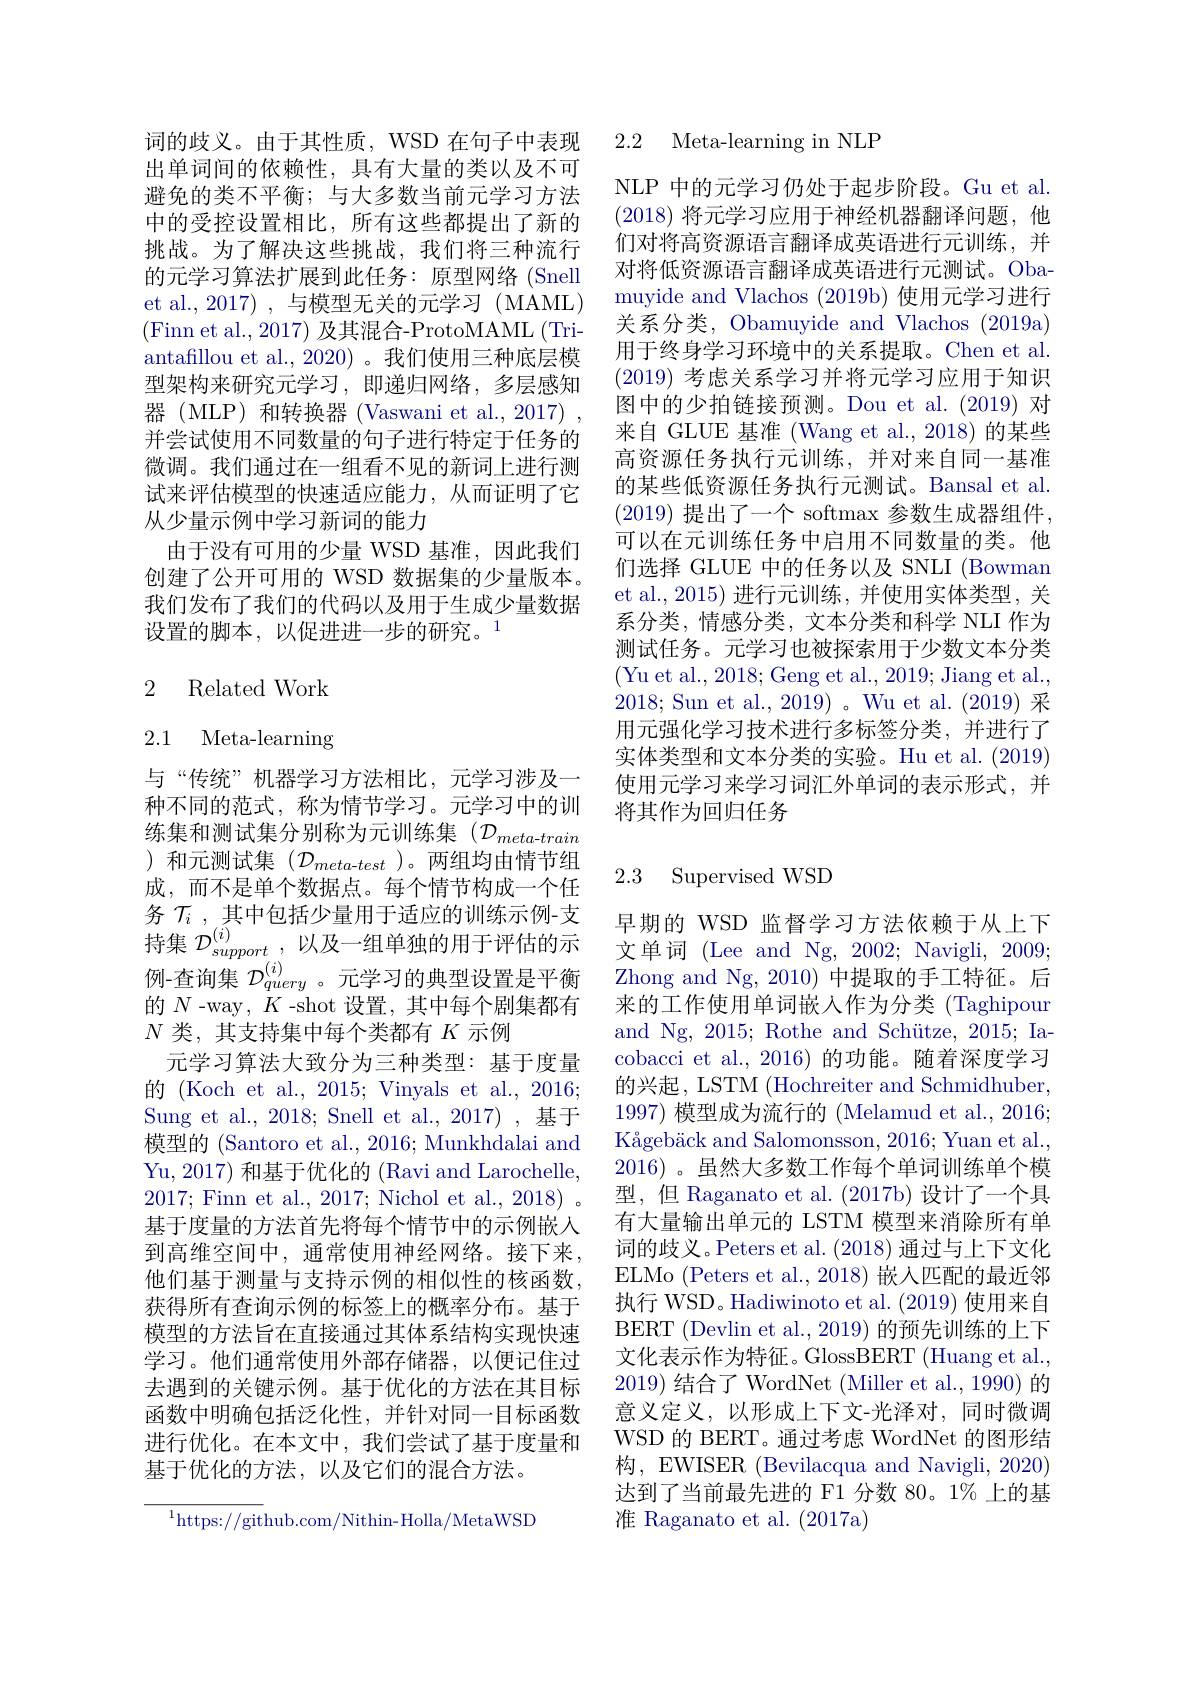
词的歧义。由于其性质，WSD 在句子中表现出单词间的依赖性，具有大量的类以及不可避免的类不平衡；与大多数当前元学习方法中的受控设置相比，所有这些都提出了新的挑战。为了解决这些挑战，我们将三种流行的元学习算法扩展到此任务：原型网络(Snell et al.,2017) ,与模型无关的元学习 (MAML) (Finn et al., 2017) 及其混合-ProtoMAML (Triantafillou et al., 2020) 。我们使用三种底层模型架构来研究元学习，即递归网络，多层感知器 (MLP) 和转换器 (Vaswani et al.,2017) , 并尝试使用不同数量的句子进行特定于任务的微调。我们通过在一组看不见的新词上进行测试来评估模型的快速适应能力，从而证明了它从少量示例中学习新词的能力
由于没有可用的少量 WSD 基准，因此我们创建了公开可用的 WSD 数据集的少量版本。我们发布了我们的代码以及用于生成少量数据设置的脚本，以促进进一步的研究。$^{1}$

## 2 Related Work

2.1 Meta-learning

与“传统”机器学习方法相比，元学习涉及一种不同的范式，称为情节学习。元学习中的训练集和测试集分别称为元训练集($\mathcal{D}_meta-train$ )和元测试集($\mathcal{D}_meta-test$)。两组均由情节组成，而不是单个数据点。每个情节构成一个任务 $\mathcal{T} _i$ , 其 中 包 括 少 量 用 于 适 应 的 训 练 示 例 - 支 持 集 $\mathcal{D} _{support}^{( i) }$,以 及 一 组 单 独 的 用 于 评 估 的 示 特 集 $\mathcal{D} _{support}^{( i) }$ , 以 及 一 组 单 独 的 用 于 评 估 的 示例-查询集$\mathcal{D}_query$ 。元学习的典型设置是平衡的$N$ -way , $K$ -shot 设置，其中每个剧集都有$N$类，其支持集中每个类都有$K$示例
元学习算法大致分为三种类型：基于度量的 (Koch et al., 2015; Vinyals et al., 2016; Sung et al., 2018; Snell et al., 2017),基于模型的 (Santoro et al., 2016; Munkhdalai and Yu, 2017) 和基于优化的 (Ravi and Larochelle, 2017; Finn et al., 2017; Nichol et al., 2018) 。基于度量的方法首先将每个情节中的示例嵌入到高维空间中，通常使用神经网络。接下来， 他们基于测量与支持示例的相似性的核函数， 获得所有查询示例的标签上的概率分布。基于模型的方法旨在直接通过其体系结构实现快速学习。他们通常使用外部存储器，以便记住过去遇到的关键示例。基于优化的方法在其目标函数中明确包括泛化性，并针对同一目标函数进行优化。在本文中，我们尝试了基于度量和基于优化的方法，以及它们的混合方法。

$^{1}$https://github.com/Nithin-Holla/MetaWSD

### 2.2 Meta-learning in NLP

NLP 中的元学习仍处于起步阶段。Gu et al. (2018)将元学习应用于神经机器翻译问题，他们对将高资源语言翻译成英语进行元训练，并对将低资源语言翻译成英语进行元测试。Obamuyide and Vlachos (2019b) 使用元学习进行关系分类，Obamuyide and Vlachos (2019a) 用于终身学习环境中的关系提取。Chen et al. (2019)考虑关系学习并将元学习应用于知识图中的少拍链接预测。Dou et al.(2019) 对来自 GLUE 基准 (Wang et al., 2018) 的某些高资源任务执行元训练，并对来自同一基准的某些低资源任务执行元测试。Bansal et al. (2019)提出了一个 softmax 参数生成器组件， 可以在元训练任务中启用不同数量的类。他们选择 GLUE 中的任务以及 SNLI (Bowman et al., 2015) 进行元训练，并使用实体类型，关系分类，情感分类，文本分类和科学 NLI 作为测试任务。元学习也被探索用于少数文本分类(Yu et al., 2018; Geng et al., 2019; Jiang et al., 2018; Sun et al., 2019)。Wu et al.(2019) 采用元强化学习技术进行多标签分类，并进行了实体类型和文本分类的实验。Hu et al. (2019) 使用元学习来学习词汇外单词的表示形式，并将其作为回归任务

## 2.3 Supervised WSD

早期的 WSD 监督学习方法依赖于从上下文单词 (Lee and Ng, 2002; Navigli, 2009; Zhong and Ng, 2010) 中提取的手工特征。后来的工作使用单词嵌入作为分类 (Taghipour and Ng, 2015; Rothe and Schütze, 2015; Iacobacci et al., 2016) 的功能。随着深度学习的兴起，LSTM (Hochreiter and Schmidhuber, 1997)模型成为流行的 (Melamud et al., 2016; Kågebäck and Salomonsson, 2016; Yuan et al., 2016)。虽然大多数工作每个单词训练单个模型，但 Raganato et al. (2017b) 设计了一个具有大量输出单元的 LSTM 模型来消除所有单词的歧义。Peters et al. (2018) 通过与上下文化ELMo (Peters et al.,2018)嵌入匹配的最近邻执行 WSD。Hadiwinoto et al. (2019)使用来自BERT (Devlin et al., 2019) 的预先训练的上下文化表示作为特征。GlossBERT (Huang et al. 2019)结合了 WordNet (Miller et al., 1990) 的意义定义，以形成上下文-光泽对，同时微调WSD 的 BERT。通过考虑 WordNet 的图形结构，EWISER (Bevilacqua and Navigli, 2020) 达到了当前最先进的 F1 分数 80。1% 上的基准 Raganato et al. (2017a)